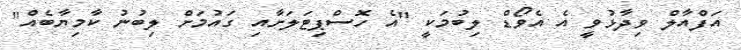
އަފްއާލް ވިދާޅުވީ އެ އެވޯޑް ލިބުމަކީ "އެ ހޮސްޕިޓަލަށާއި ގައުމަށް ލިބުނު ކާމިޔާބެއް"